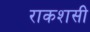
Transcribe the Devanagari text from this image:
राकशसी